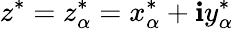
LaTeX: z^{*}=z_{\alpha}^{*}=x_{\alpha}^{*}+\mathbf{i}y_{\alpha}^{*}